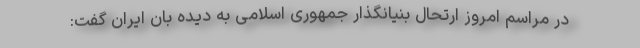
در مراسم امروز ارتحال بنیانگذار جمهوری اسلامی به دیده بان ایران گفت: